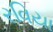
રવિયા